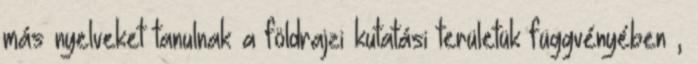
más nyelveket tanulnak a földrajzi kutatási területük függvényében ,